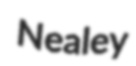
Nealey